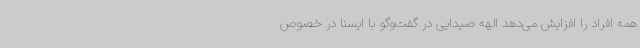
همه افراد را افزایش می‌دهد الهه صیدایی در گفت‌وگو با ایسنا در خصوص